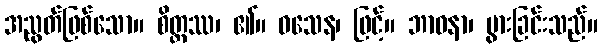
အညွတ်ဖြစ်သော။ စိတ္တဿ၊ ၏။ ဝသေန၊ ဖြင့်။ ဘာဝနာ၊ ပွားခြင်းသည်။